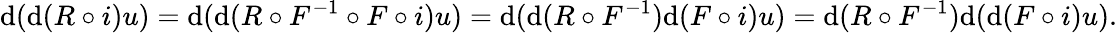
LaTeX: \mathrm{d}(\mathrm{d}(R\circ i)u)=\mathrm{d}(\mathrm{d}(R\circ F^{-1}\circ F\circ i)u)=\mathrm{d}(\mathrm{d}(R\circ F^{-1})\mathrm{d}(F\circ i)u)=\mathrm{d}(R\circ F^{-1})\mathrm{d}(\mathrm{d}(F\circ i)u).